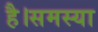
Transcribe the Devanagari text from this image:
है।समस्या